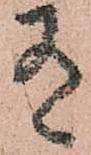
有